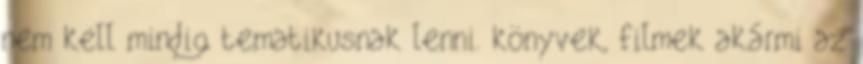
nem kell mindig tematikusnak lenni. könyvek, filmek akármi az